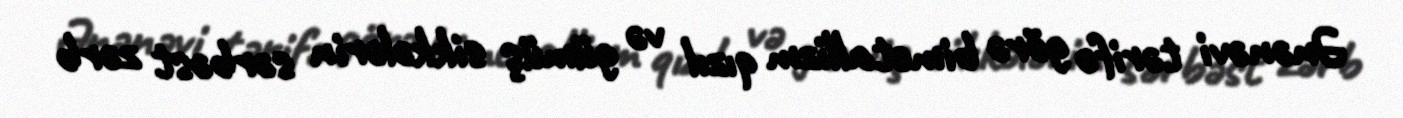
Ənənəvi tərifə görə bimetallizm qızıl və gümüş sikkələrin sərbəst zərb